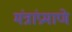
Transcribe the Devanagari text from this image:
मंत्रांप्रमाणे